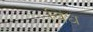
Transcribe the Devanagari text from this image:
विंध